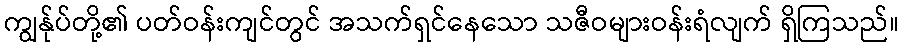
ကျွန်ုပ်တို့၏ ပတ်ဝန်းကျင်တွင် အသက်ရှင်နေသော သဇီဝများဝန်းရံလျက် ရှိကြသည်။